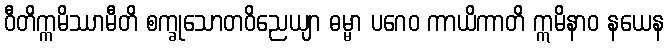
ဝီတိက္ကမိဿာမီတိ စက္ခုသောတဝိညေယျာ ဓမ္မာ ပဂေဝ ကာယိကာတိ ဣမိနာဝ နယေန